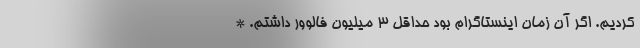
کردیم. اگر آن زمان اینستاگرام بود حداقل 3 میلیون فالوور داشتم. *